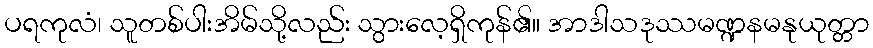
ပရကုလံ၊ သူတစ်ပါးအိမ်သို့လည်း သွားလေ့ရှိကုန်၏။ အာဒါသဒုဿမဏ္ဍနမနုယုတ္တာ